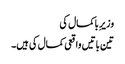
وزیرِ باکمال کی
تین باتیں واقعی کمال کی ہیں۔